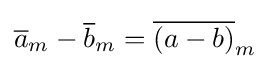
{\overline {a}}_{m}-{\overline {b}}_{m}={\overline {(a-b)}}_{m}